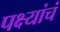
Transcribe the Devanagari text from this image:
पक्ष्यांचं